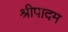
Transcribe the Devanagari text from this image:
श्रीपादम